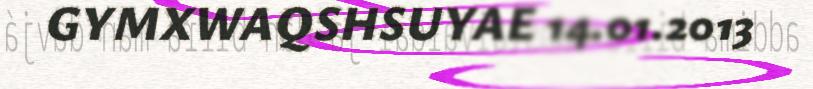
GYMXWAQSHSUYAE 14.01.2013